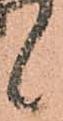
候